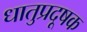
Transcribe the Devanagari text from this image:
धातुप्रदूषक